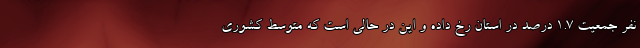
نفر جمعیت ۱.۷ درصد در استان رخ داده و این در حالی است که متوسط کشوری